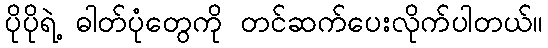
ပိုပိုရဲ့ ဓါတ်ပုံတွေကို တင်ဆက်ပေးလိုက်ပါတယ်။